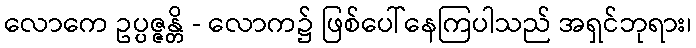
လောကေ ဥပ္ပဇ္ဇန္တိ - လောက၌ ဖြစ်ပေါ်နေကြပါသည် အရှင်ဘုရား၊